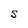
Character: S